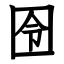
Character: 囹